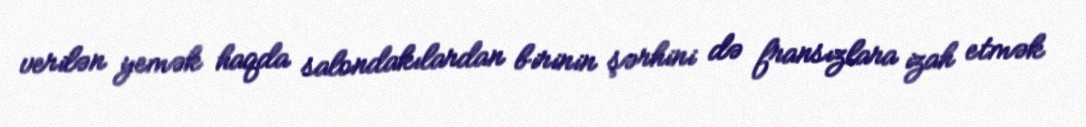
verilən yemək haqda salondakılardan birinin şərhini də fransızlara izah etmək